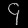
Digit: ၄